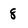
Character: 8